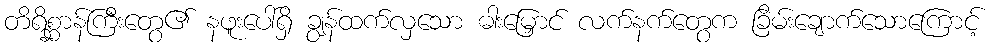
တိရိစ္ဆာန်ကြီးတွေ၏ နဖူးပေါ်ရှိ ချွန်ထက်လှသော ဓါးမြှောင် လက်နက်တွေက ခြိမ်းချောက်သောကြောင့်